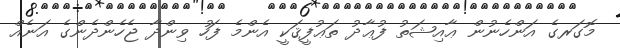
މޮގަރގެ އަންހެނުން ޢާއިޝަތު ފުޢާދު ތަޢުފީޤަކީ އެންމެ ފަހު ވިންދާ ޖެހެންދެންގެ އަނެއް